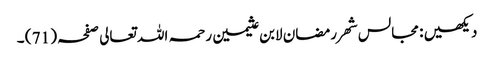
دیکھیں : مجالس شھر رمضان لابن عثیمین رحمہ اللہ تعالی صفحہ ( 71 ) ۔